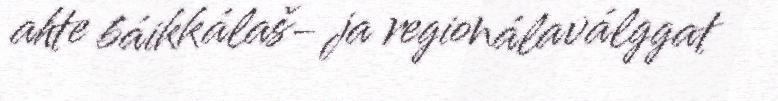
ahte báikkálaš- ja regionálaválggat